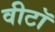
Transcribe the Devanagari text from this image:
वीटॉ